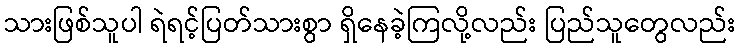
သားဖြစ်သူပါ ရဲရင့်ပြတ်သားစွာ ရှိနေခဲ့ကြလို့လည်း ပြည်သူတွေလည်း